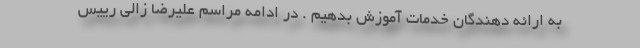
به ارائه دهندگان خدمات آموزش بدهیم . در ادامه مراسم علیرضا زالی رییس